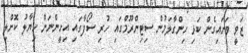
ޒަވީ ވަށައިގެން ކަޅި ހިންގާލަމުން ސިޓިންރޫމްގައި ހުރި ސޯފާގައި އިށީންނަން ހިޔާލު ކޮށްލި